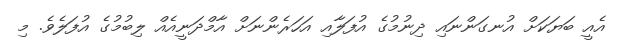
އެއީ ބަޔަކަށް އުނގަންނައި ދިނުމުގެ އުފަލާއި އަހަރެންނަށް އާމްދަނީއެއް ލިބުމުގެ އުފަލެވެ. މި